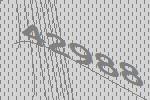
42988